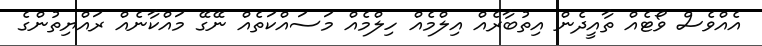
އެއްވެސް ވޯޓެއް ތާއީދެން އިތުބާރެއް އިލްމެއް ހިލްމެއް މަސައްކަތެއް ނޭގޭ މައްކާނެއް ރައްޔިތުންގެ